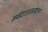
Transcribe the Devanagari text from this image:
सर्वदाऽऽराधयेद्गुरुम्